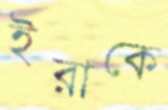
ইরাকে